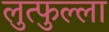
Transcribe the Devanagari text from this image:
लुत्फुल्ला